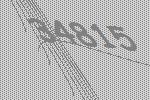
34815